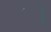
ૉ